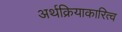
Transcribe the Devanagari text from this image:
अर्थक्रियाकारित्व